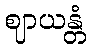
ဈာယန္တံ